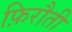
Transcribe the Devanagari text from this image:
फ़िरौती